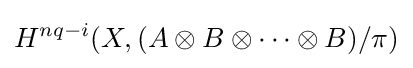
H^{nq-i}(X,(A\otimes B\otimes \cdots \otimes B)/\pi )